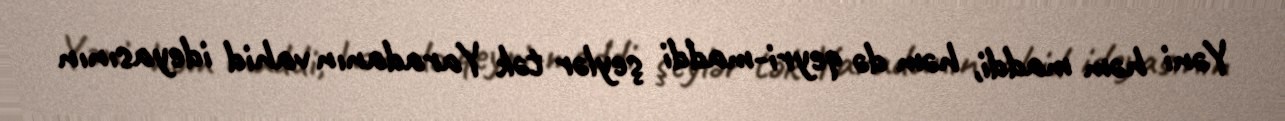
Yəni həm maddi, həm də qeyri-maddi şeylər tək Yaradanın vahid ideyasının